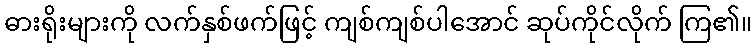
ဓားရိုးများကို လက်နှစ်ဖက်ဖြင့် ကျစ်ကျစ်ပါအောင် ဆုပ်ကိုင်လိုက် ကြ၏။